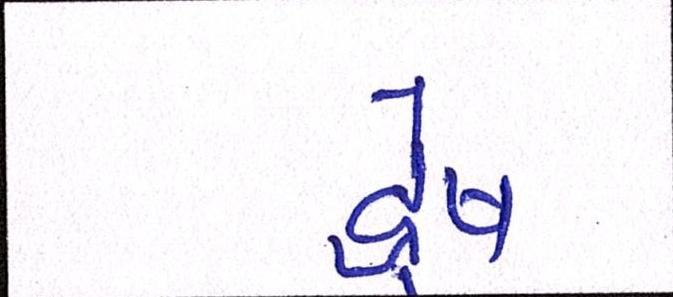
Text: દ્વેષ